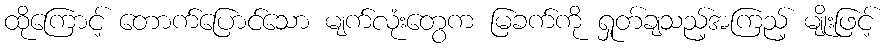
ထိုကြောင့် တောက်ပြောင်သော မျက်လုံးတွေက မြခက်ကို ရှုတ်ချသည့်အကြည့် မျိုးဖြင့်